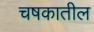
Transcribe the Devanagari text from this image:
चषकातील